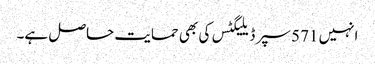
انہیں 571 سپر ڈیلیگٹس کی بھی حمایت حاصل ہے۔